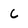
Character: C